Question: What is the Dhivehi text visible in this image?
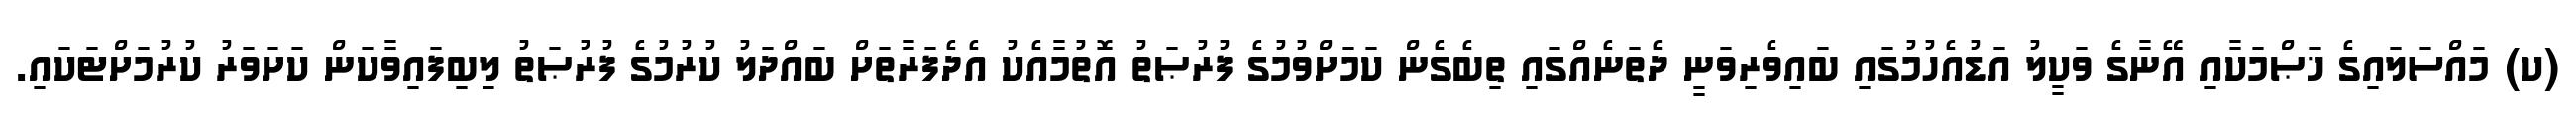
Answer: (ކ) މައްސަލައިގެ ޚަޞްމަކާއި އޭނާގެ ވަކީލު އަޑުއެހުމުގައި ބައިވެރިވަނީ ދެތަނެއްގައި ތިބެގެން ކަމަށްވުމުގެ ފުރުޞަތު އޮތުމާއެކު އެދެފަރާތަށް ބައްދަލު ކުރުމުގެ ފުރުޞަތު ލިބިފައިވާކަން ކަށަވަރު ކުރުމަށްޓަކައި.